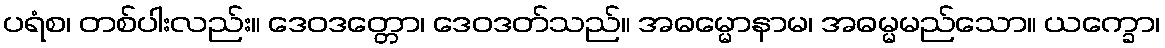
ပရံစ၊ တစ်ပါးလည်း။ ဒေဝဒတ္တော၊ ဒေဝဒတ်သည်။ အဓမ္မောနာမ၊ အဓမ္မမည်သော။ ယက္ခော၊